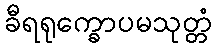
ခီရရုက္ခောပမသုတ္တံ